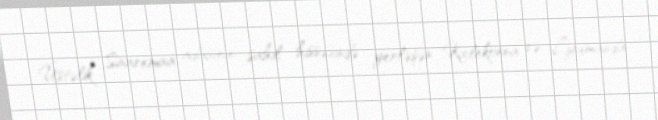
Üstəlik Saaremaa adasının sahil hissəsində yerləşən Kixlekonna və Lyumanda